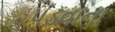
પડવાના